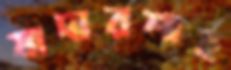
মাদারশাহ